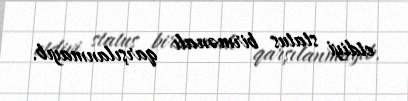
etdiyi status birmənalı qarşılanmayıb.